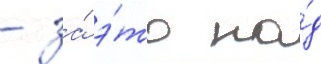
- за́ э́то на́д